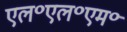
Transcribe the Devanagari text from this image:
एल॰एल॰एम॰